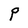
Character: P